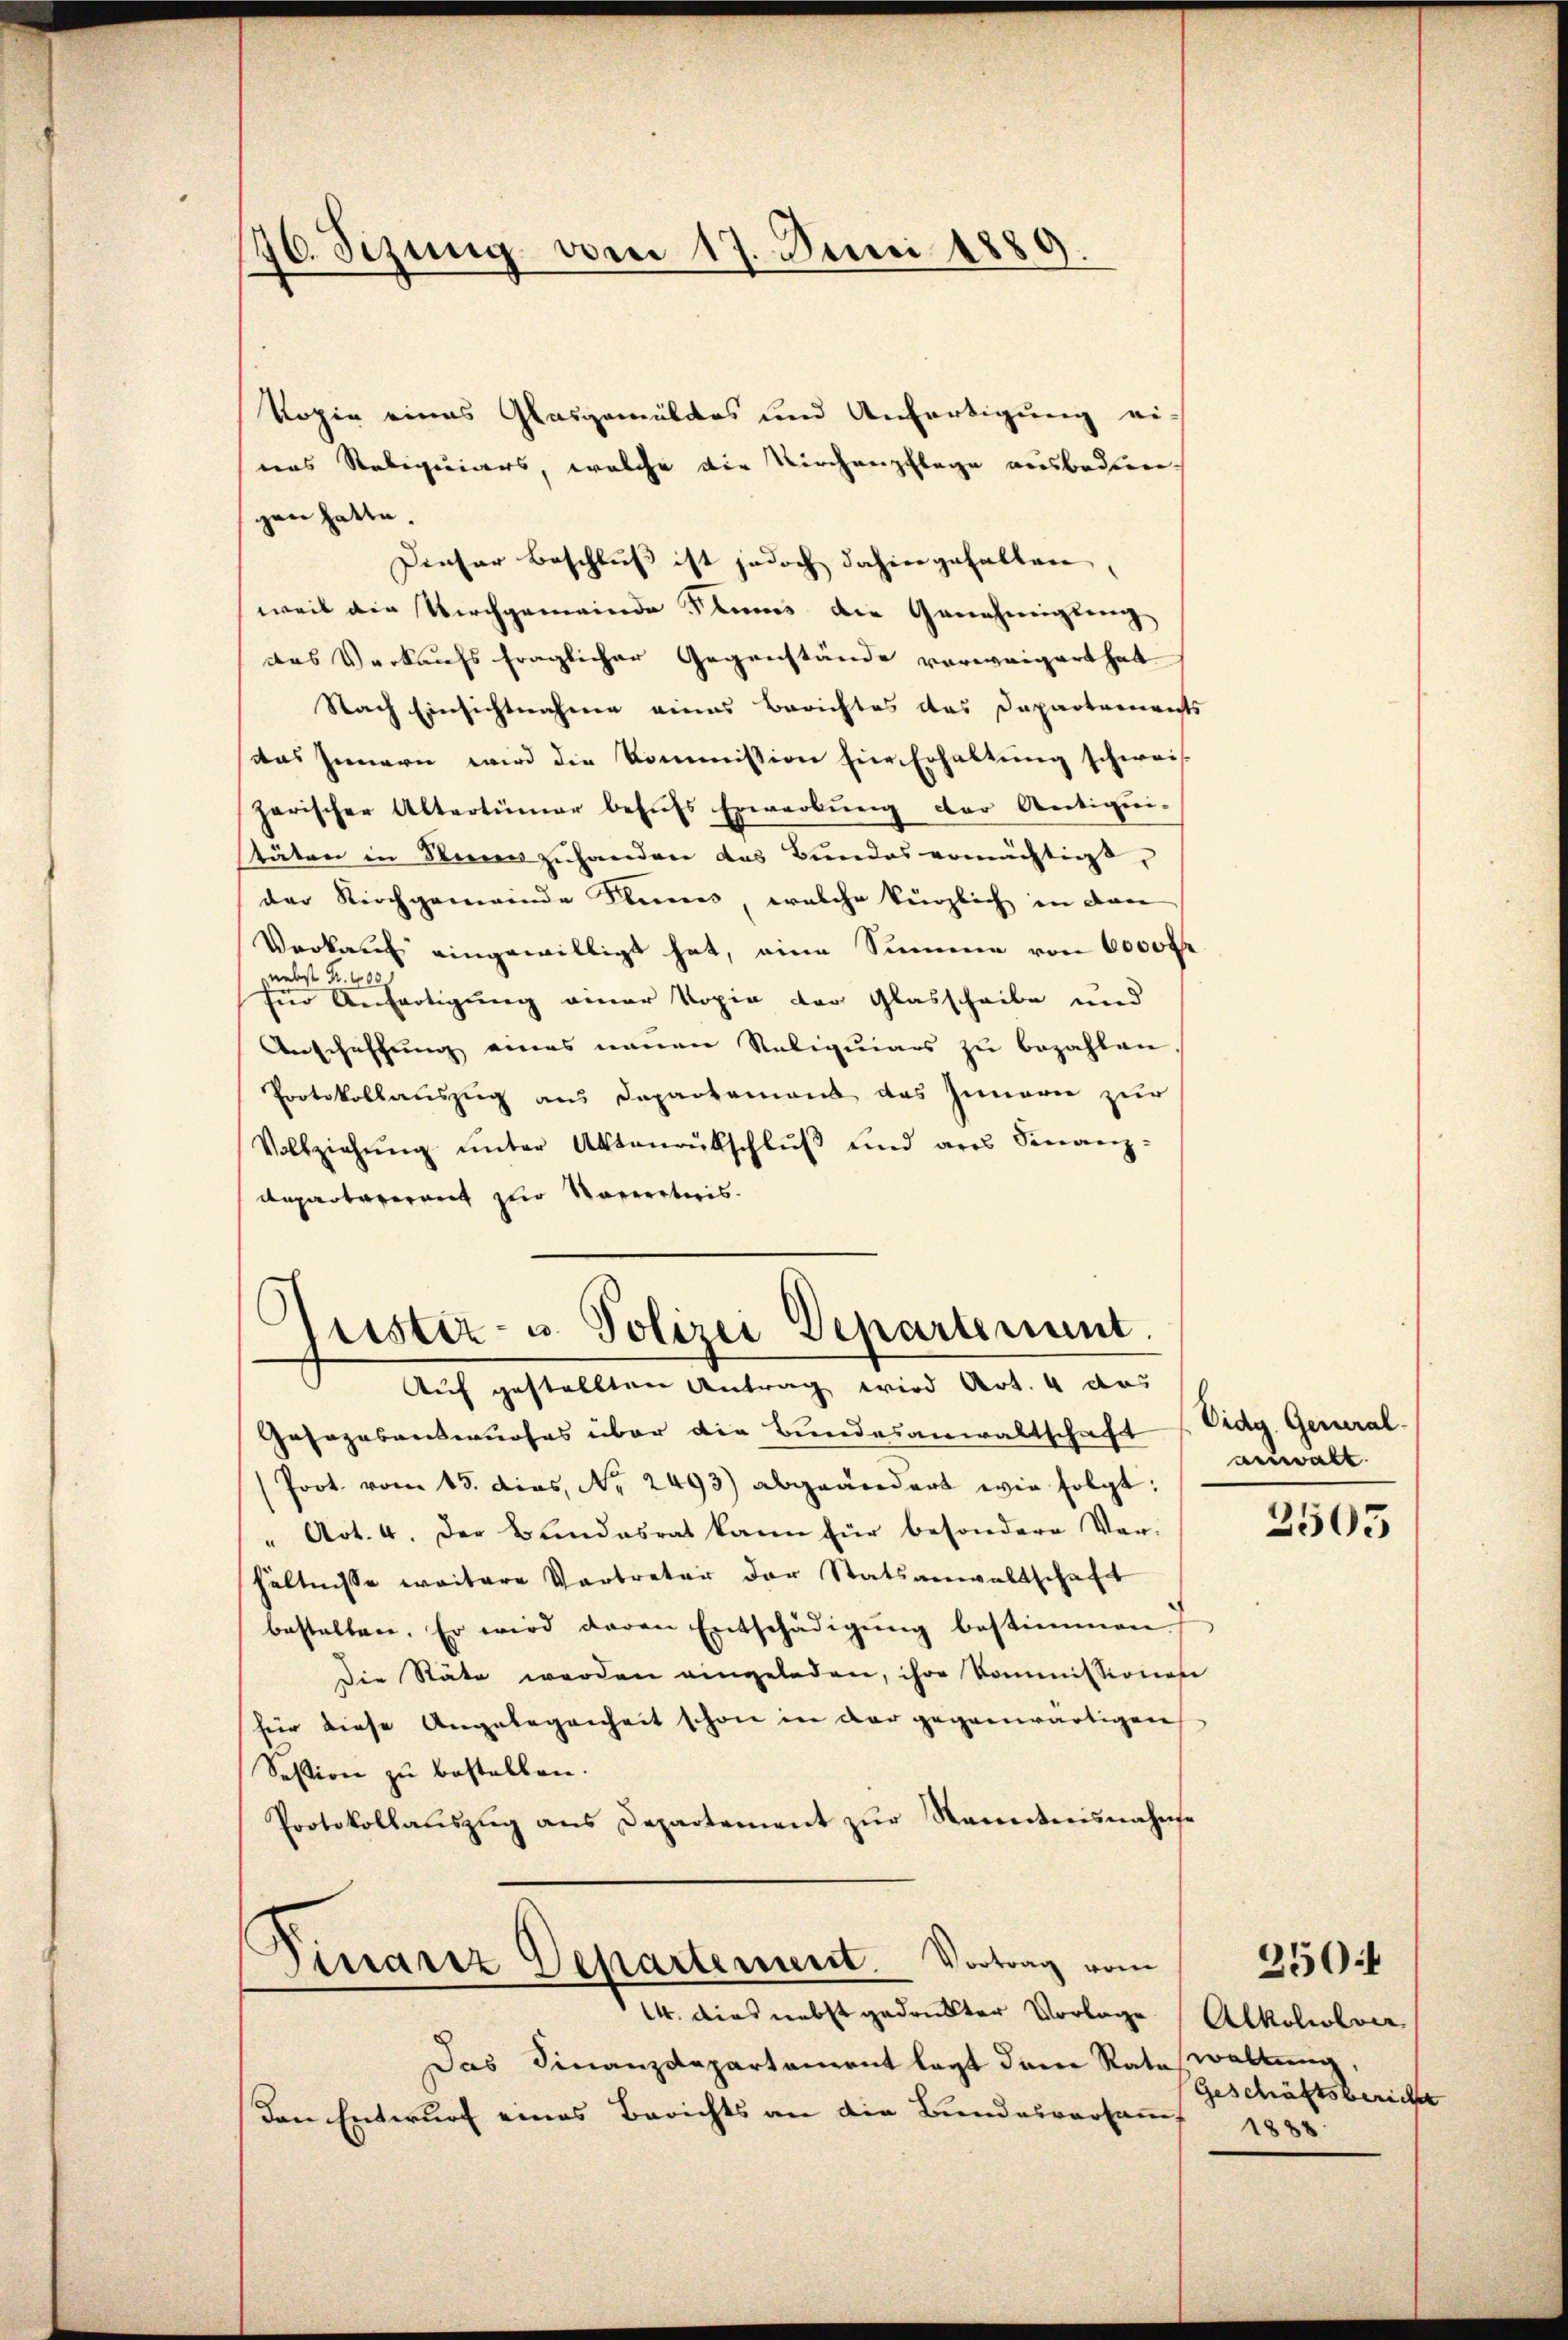
.
16. Sezung vom 17. Juni 1889.

Kopie eines Glasgemäldes und Anfertigung ei-
eas Reliquiers, welche die Kirchenpflege ausbediene.
gen hatte.
Dieser Beschluß ist jedoch dahin gehalten,
weil die Kirchgemeinde Plums die Genehmigung
das Verkaufs fraglicher Gegenstände verweigert hat
Nach Einsichtnahmen eines Berichtes das Departerrichts
das Innern wird die Kommission hier Erhaltung schweis
harischer Altertümer behŭfs Erwarbŭng der Antiqui-
täten in Stern zuhanden das Bundes ermächtigt,
der Kirchgemeinde Kleines, welche kürzlich in den
Vorkauf eingewilligt hat, eine Summe von 6000 fr
nebst Fr. 400
für Anfertigung einer Kopie der Glasscheibe und
Anschaffung eines neuen Reliquiars zŭ bezahlen,
Protokollauszug aus Departement das Innerie zur
Vollziehŭng ŭnter Aktenrutschlŭβ und ans Finanz-
Repartarerart zur Saceretiris.

Grister- u. Polizei Departement.

Auf gestellten Antrag wird Art. 4 das
Gesazesentwurfes über die Bundesanwaltschaft (Eidg. General.
(Poot. vom 15. dies, Nr. 2493) abgeändert wie folgt:
" Art. 4. Der Bundesrat kann für besondere Ver-
hältnisse weitere Vertreter der Statsanwaltschaft
bestalten. Er wird davon Entschädigŭng bestimmen
Die Stäte werden eingeladen, ihre Kommissionen
für diese Angelegenheit schon in der gegenwärtigen
Sestion zu bestellen.
Protokollaŭszŭg ans Departement zŭr Kenntnisnahme
Finanz Departement. Vortrag vom
14. dies nebst gedruckter Vorlage Alkoliolon
Das Finanzdepartement legt dem Rate waltung
den Entwurf eines Berichts an die Bundesversamms

anwalt

2505

Geschäftsbericht
1888.

250f